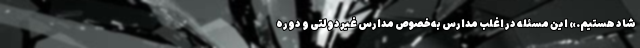
شاد هستیم.» این مسئله در اغلب مدارس به‌خصوص مدارس غیردولتی و دوره